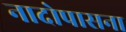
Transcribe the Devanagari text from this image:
नादोपासना